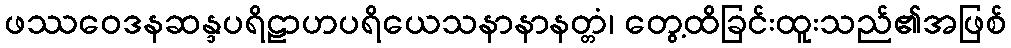
ဖဿဝေဒနဆန္ဒပရိဠာဟပရိယေသနာနာနတ္တံ၊ တွေ့ထိခြင်းထူးသည်၏အဖြစ်